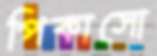
পিকাসো